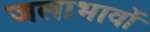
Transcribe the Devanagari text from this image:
जलाभावों